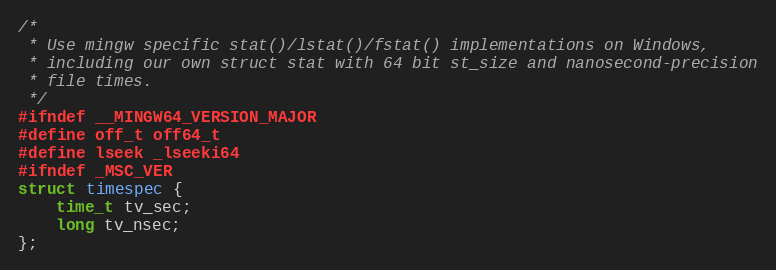
Language: C
/*
 * Use mingw specific stat()/lstat()/fstat() implementations on Windows,
 * including our own struct stat with 64 bit st_size and nanosecond-precision
 * file times.
 */
#ifndef __MINGW64_VERSION_MAJOR
#define off_t off64_t
#define lseek _lseeki64
#ifndef _MSC_VER
struct timespec {
	time_t tv_sec;
	long tv_nsec;
};